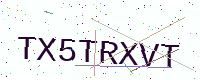
Text: TX5TRXVT